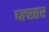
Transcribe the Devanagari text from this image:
प्ल्स्तर